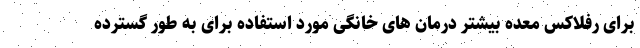
برای رفلاکس معده بیشتر درمان های خانگی مورد استفاده برای به طور گسترده